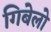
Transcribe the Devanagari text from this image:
गिबेलो